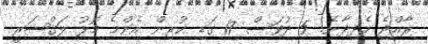
ރާއްޖެ ހެދިދާނެ! 5 ދުވަސް 17 ގަޑި ކުރިން އެންމެ މޮޅު ލަގްޝަރީ